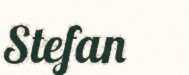
Stefan